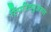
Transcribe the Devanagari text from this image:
स्पिरिच्युअल्स